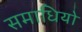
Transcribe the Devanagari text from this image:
समाधियो